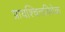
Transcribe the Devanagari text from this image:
प्रायश्चित्तविवेक